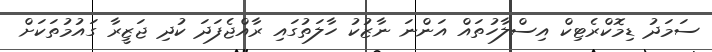
ސަމަދު ޑިމޮކްރެޓިކް އިސްލާހުތައް އަންނަ ނާޒުކު ހާލަތުގައި ރާއްޖެފަދަ ކުދި ޖަޒީރާ ގައުމުތަކަށް